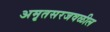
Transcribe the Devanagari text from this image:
अमृतसरजवळील